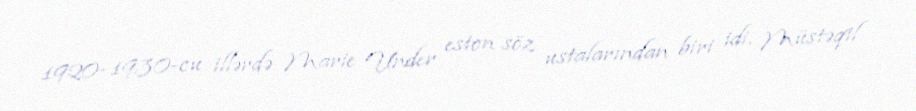
1920–1930-cu illərdə Marie Under eston söz ustalarından biri idi. Müstəqil